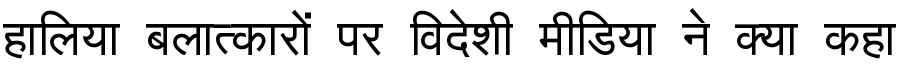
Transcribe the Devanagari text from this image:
हालिया बलात्कारों पर विदेशी मीडिया ने क्या कहा